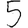
Digit: 5